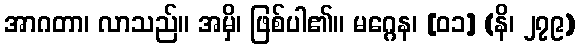
အာဂတာ၊ လာသည်။ အမှိ၊ ဖြစ်ပါ၏။ မဂ္ဂေန၊ [၀၁] (နိ၊ ၂၇၉)